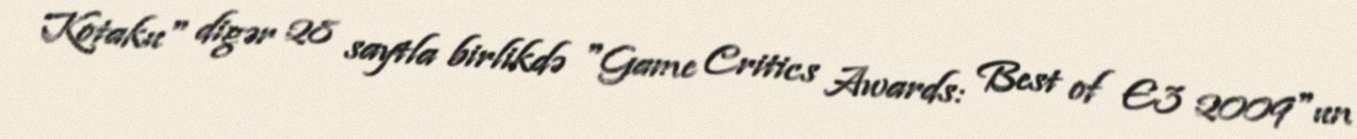
Kotaku" digər 28 saytla birlikdə "Game Critics Awards: Best of E3 2009"un